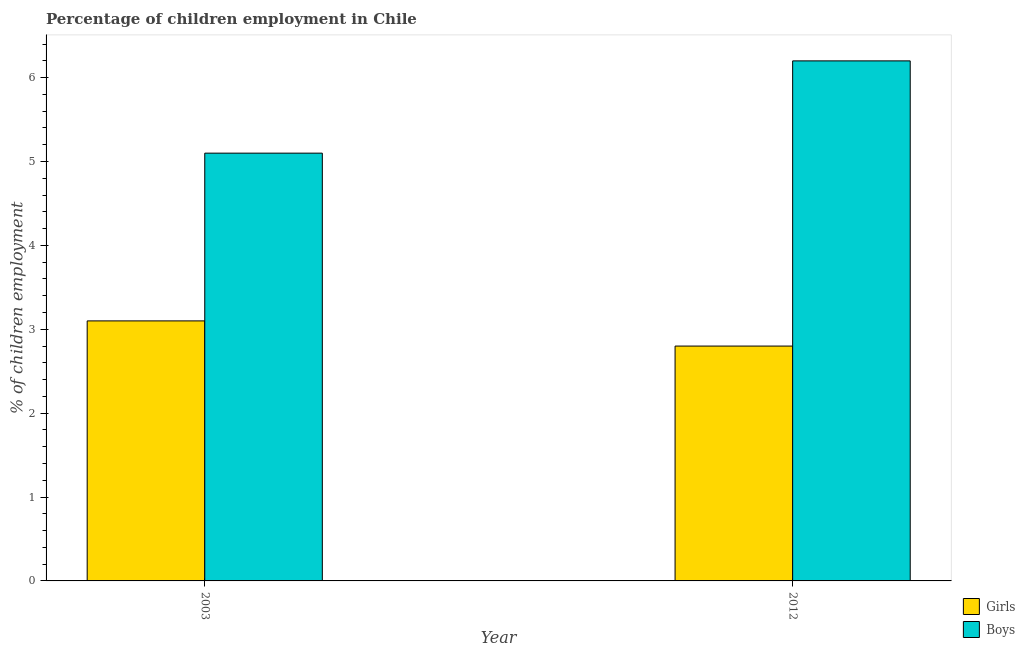
| Year | Girls | Boys |
 | --- | --- | --- |
 | 2003 | 3.1 | 5.1 |
 | 2012 | 2.8 | 6.2 |